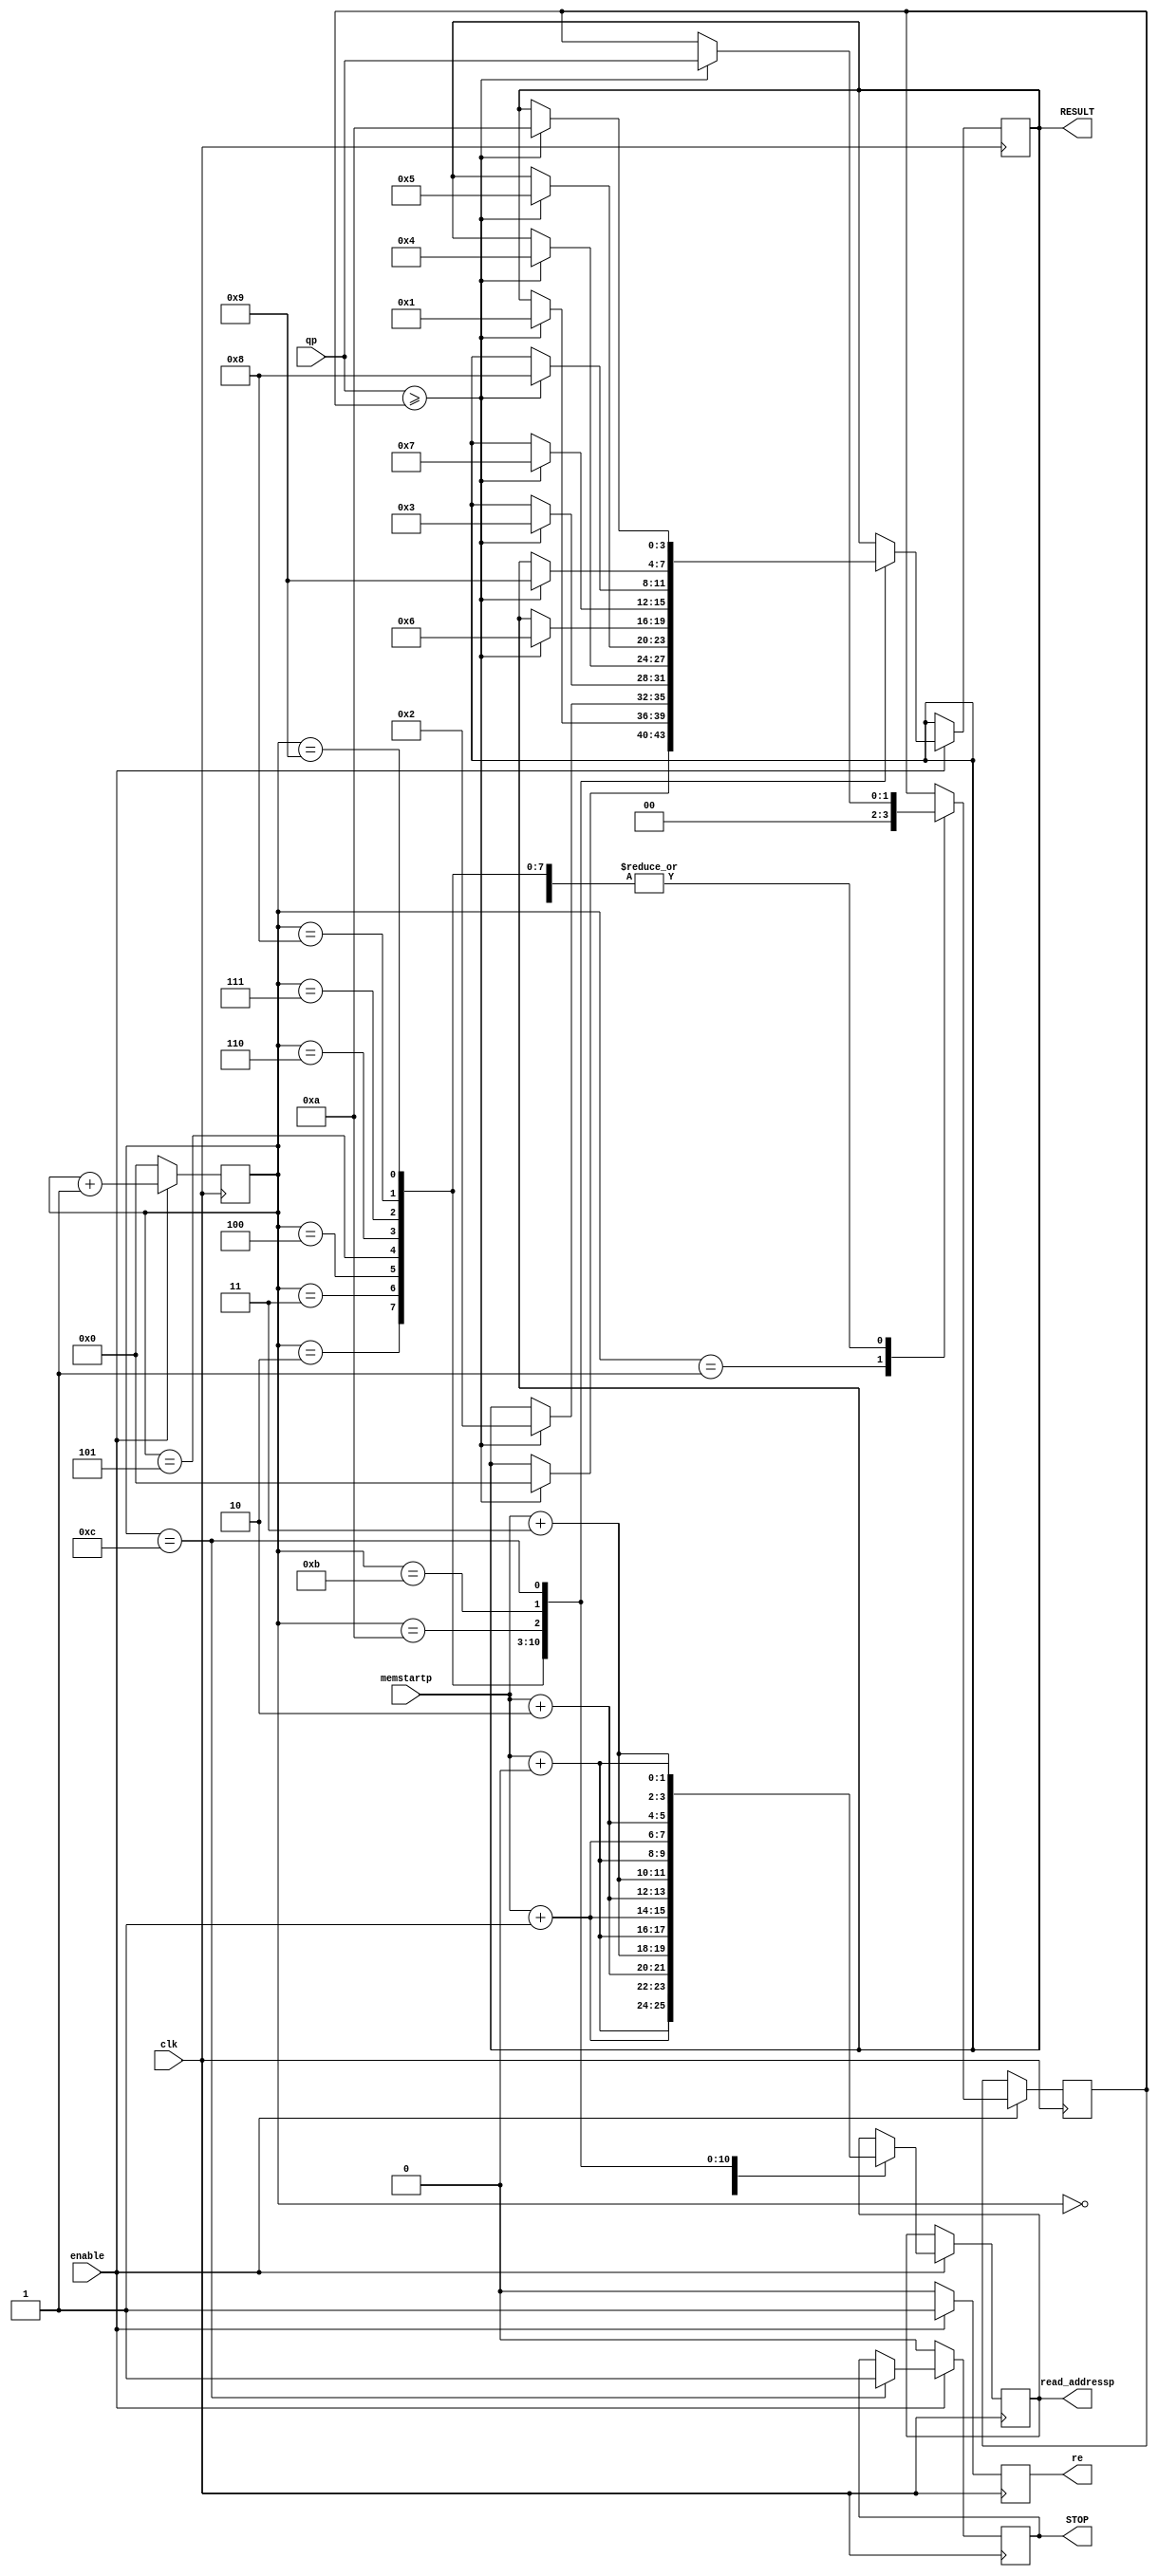
module result(clk,enable,STOP,memstartp,read_addressp,qp,re,RESULT);

parameter SIZE_1=0;
parameter SIZE_2=0;
parameter SIZE_3=0;
parameter SIZE_4=0;
parameter SIZE_address_pix=0;

input clk,enable;  //result enable
output reg STOP;  // stop result
input [SIZE_address_pix-1:0] memstartp; // a ch bt u ca pixel trong mem(RAM)
input [SIZE_1-1:0] qp;
output reg re;
output reg [SIZE_address_pix-1:0] read_addressp;
output reg [3:0] RESULT;

reg [3:0] marker;
reg signed [SIZE_1-1:0] buff; //lu result c gi tr ln nht

wire signed [SIZE_1-1:0]  p1;
always @(posedge clk)
begin
if (enable==1)
begin
re=1; // c t RAM enable
case (marker) // duyt qua 12 case ( 0 - 11 kt qu) ci no c gi tr ln nht l kt qu detect
	0 : begin read_addressp=memstartp+0; end
	1 : begin read_addressp=memstartp+1; buff = 0; end
	2 : begin read_addressp=memstartp+2; if (p1>=buff) begin buff=p1; RESULT=0; end end
	3 : begin read_addressp=memstartp+3; if (p1>=buff) begin buff=p1; RESULT=1; end end
	4 : begin read_addressp=memstartp+4; if (p1>=buff) begin buff=p1; RESULT=2; end end
	5 : begin read_addressp=memstartp+5; if (p1>=buff) begin buff=p1; RESULT=3; end end
	6 : begin read_addressp=memstartp+6; if (p1>=buff) begin buff=p1; RESULT=4; end end
	7 : begin read_addressp=memstartp+7; if (p1>=buff) begin buff=p1; RESULT=5; end end
	8 : begin read_addressp=memstartp+8; if (p1>=buff) begin buff=p1; RESULT=6; end end
	9 : begin read_addressp=memstartp+9; if (p1>=buff) begin buff=p1; RESULT=7; end end
	10: begin read_addressp=memstartp+10; if (p1>=buff) begin buff=p1; RESULT=8; end end
	11: begin read_addressp=memstartp+11; if (p1>=buff) begin buff=p1; RESULT=9; end end
	12: begin read_addressp=memstartp+12; if (p1>=buff) begin buff=p1; RESULT=10; end STOP=1; end
	default: $display("Check case result");
endcase
marker=marker+1;
end
else 
begin
	re=0;
	marker=0;
	STOP=0;
end
end

assign p1=qp[SIZE_1-1:0];
endmodule